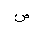
Letter: _sad